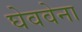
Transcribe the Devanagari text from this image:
घेववेना